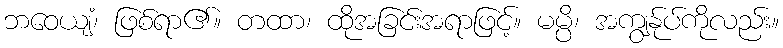
ဘဝေယျံ၊ ဖြစ်ရာ၏။ တထာ၊ ထိုအခြင်းအရာဖြင့်။ မမ္ပိ၊ အကျွန်ုပ်ကိုလည်း။